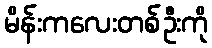
မိန်းကလေးတစ်ဦးကို